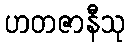
ဟတဇာနီသု